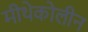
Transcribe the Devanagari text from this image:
मीथेकोलीन